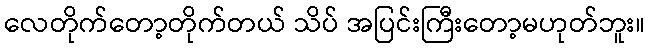
လေတိုက်တော့တိုက်တယ် သိပ် အပြင်းကြီးတော့မဟုတ်ဘူး။